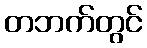
တဘက်တွင်